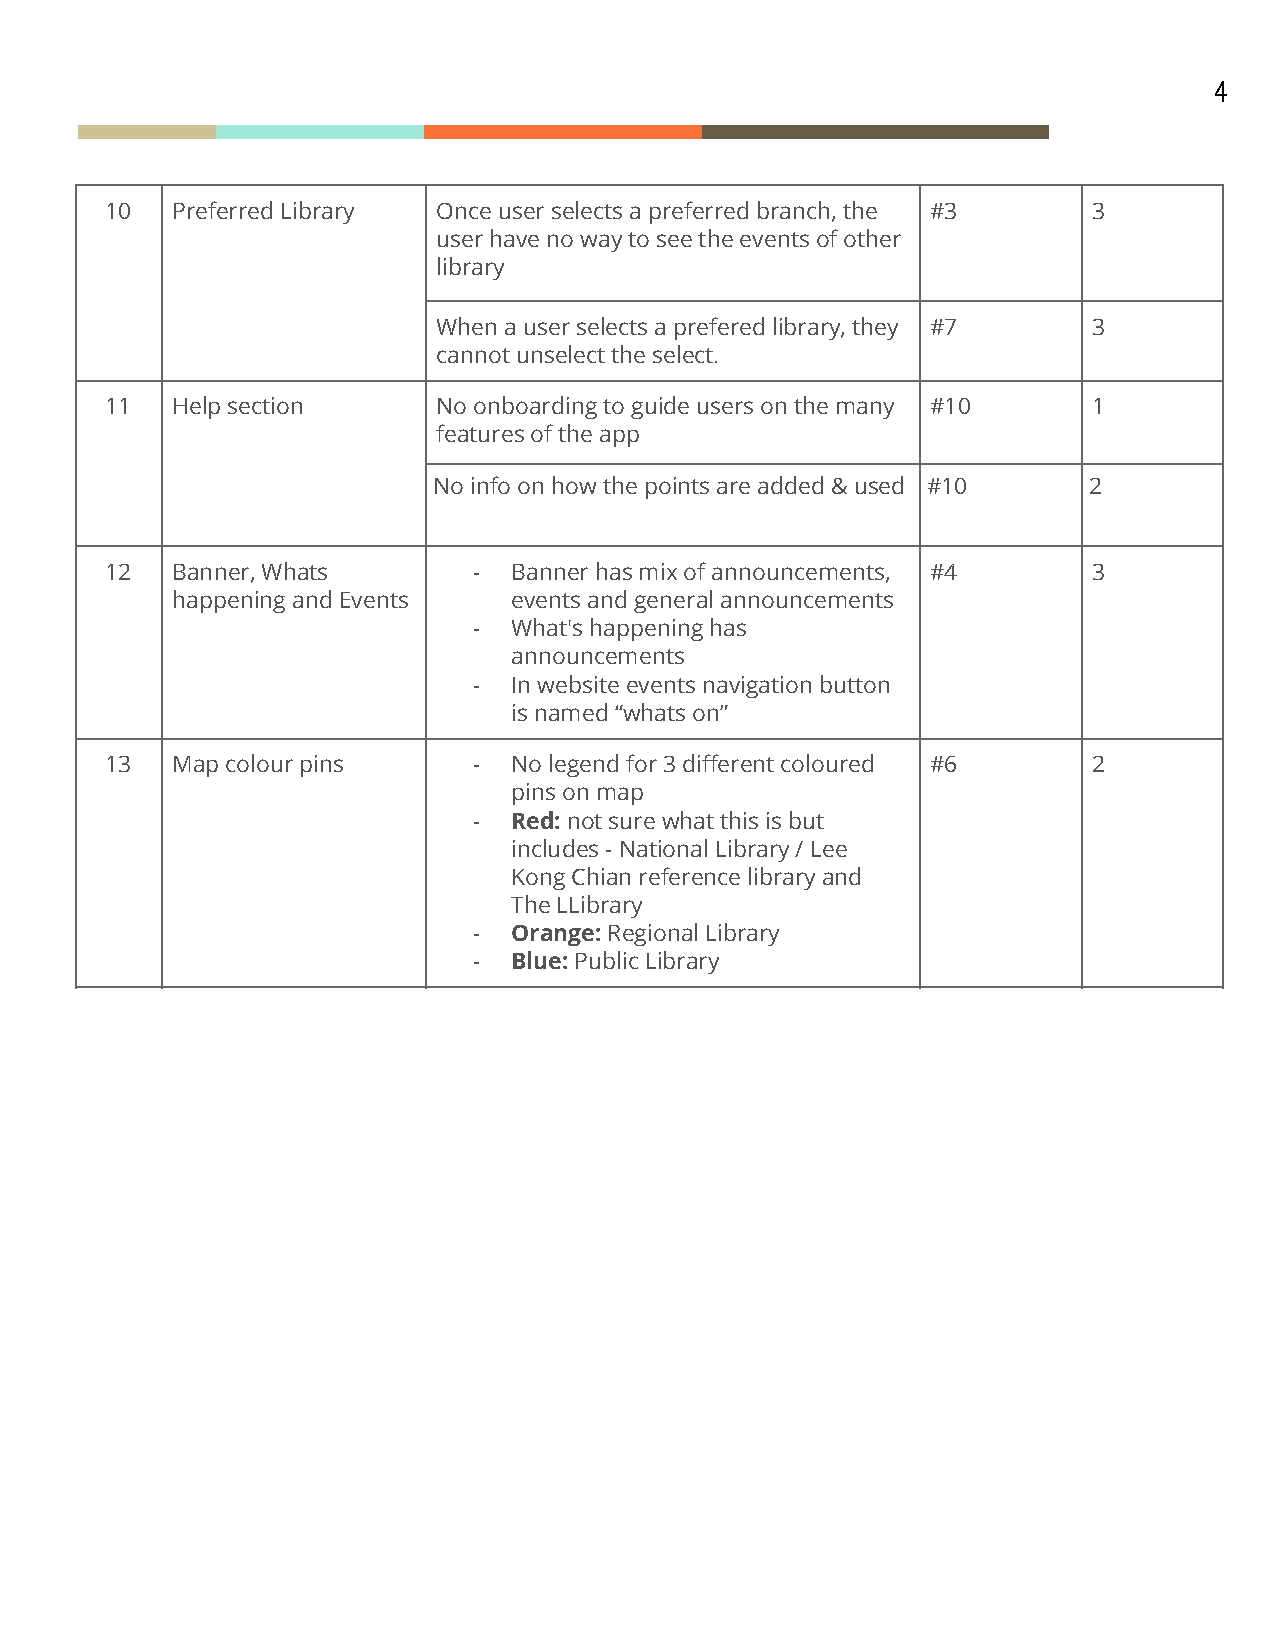
4
 10  Preferred Library Once user selects a preferred branch, the #3 3
 user have no way to see the events of other
 library
 When a user selects a prefered library, they #7 3
 cannot unselect the select.
 11  Help section      No onboarding to guide users on the many #10 1
 features of the app
 No info on how the points are added & used #10 2
 12  Banner, Whats       -  Banner has mix of announcements, #4   3
 happening and Events   events and general announcements
 -  What's happening has
 announcements
 -  In website events navigation button
 is named “whats on”
 13  Map colour pins     -  No legend for 3 different coloured #6 2
 pins on map
 -  Red: ​not sure what this is but
 includes - National Library / Lee
 Kong Chian reference library and
 The LLibrary
 -  Orange:​ Regional Library
 -  Blue: ​Public Library